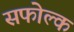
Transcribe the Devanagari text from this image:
सफोल्क